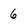
Character: 6